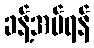
ခန့်အပ်ရန်